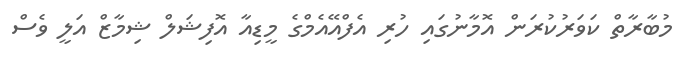
މުބާރާތް ކަވަރުކުރަން އޮމާނުގައި ހުރި އެފްއޭއެމްގެ މީޑިއާ އޮފިޝަލް ޝިމާޒް އަލީ ވެސް